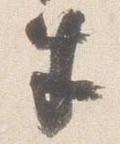
半